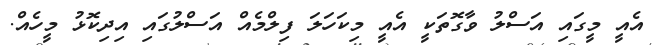
އެއީ މީގައި އަސްލު ވާގޮތަކީ އެއީ މިކަހަލަ ފިލްމެއް އަސްލުގައި އިދިކޮޅު މީހެއް.